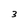
Character: 3